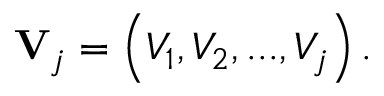
\mathbf { V } _ { j } = \left( V _ { 1 } , V _ { 2 } , . . . , V _ { j } \right) .